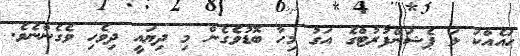
ހައެއްކަ ޅަ ޕެޝަަންފުރުޓްގެ އަގު މިހާ ބޮޑުވެގެން މި ދިޔައީ ދިވެހި ވެގެންނެވެ.